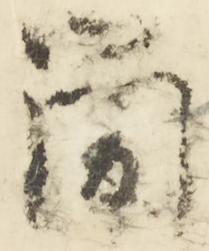
筒